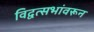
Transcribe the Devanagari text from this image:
विद्वत्सभांवरून